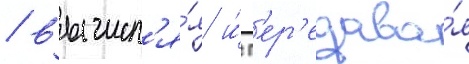
/ вычисл'я́я и́ п'ер'едава́я